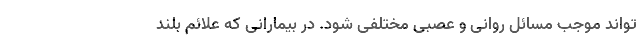
تواند موجب مسائل روانی و عصبی مختلفی شود. در بیمارانی که علائم بلند